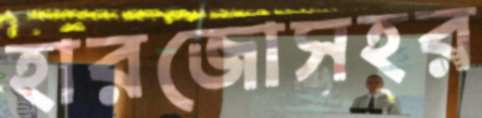
হারজোসহর